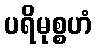
ပရိမုစ္စဟံ